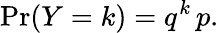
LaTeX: \operatorname*{Pr}(Y=k)=q^{k}\, p.